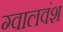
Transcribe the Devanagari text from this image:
ग्वालवंश